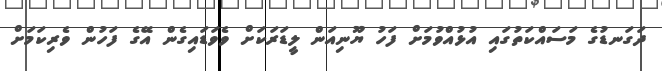
ދަގަނޑުގެ މަސައްކަތުގައި އުޅުއްވުމަށް ފަހު ޔޫނިއަން ލީޑަރަކަށް ވެވަޑައިގެން އޭގެ ފަހުން ވެރިކަމަށް